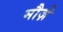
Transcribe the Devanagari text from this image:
मौज़े